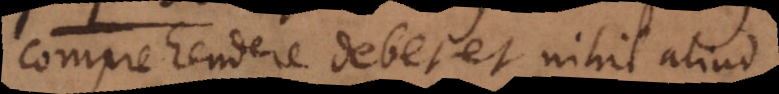
comprehendere debet et nihil aliud.